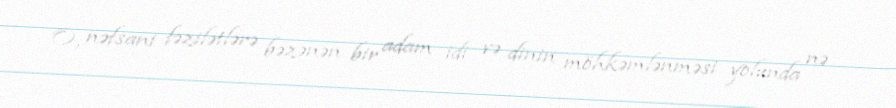
O, nəfsani fəzilətlərə bəzənən bir adam idi və dinin möhkəmlənməsi yolunda nə